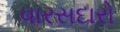
વારસદારો